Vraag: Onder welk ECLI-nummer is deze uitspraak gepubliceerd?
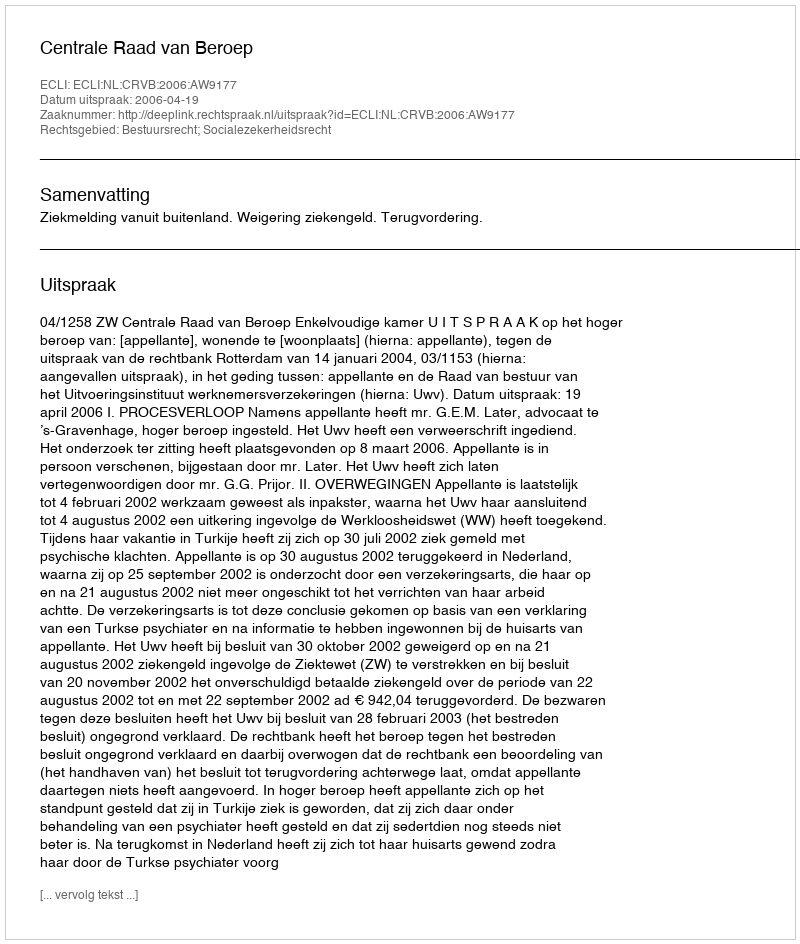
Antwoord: ECLI:NL:CRVB:2006:AW9177